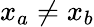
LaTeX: x_{a}\neq x_{b}